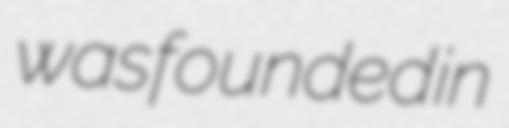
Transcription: was founded in